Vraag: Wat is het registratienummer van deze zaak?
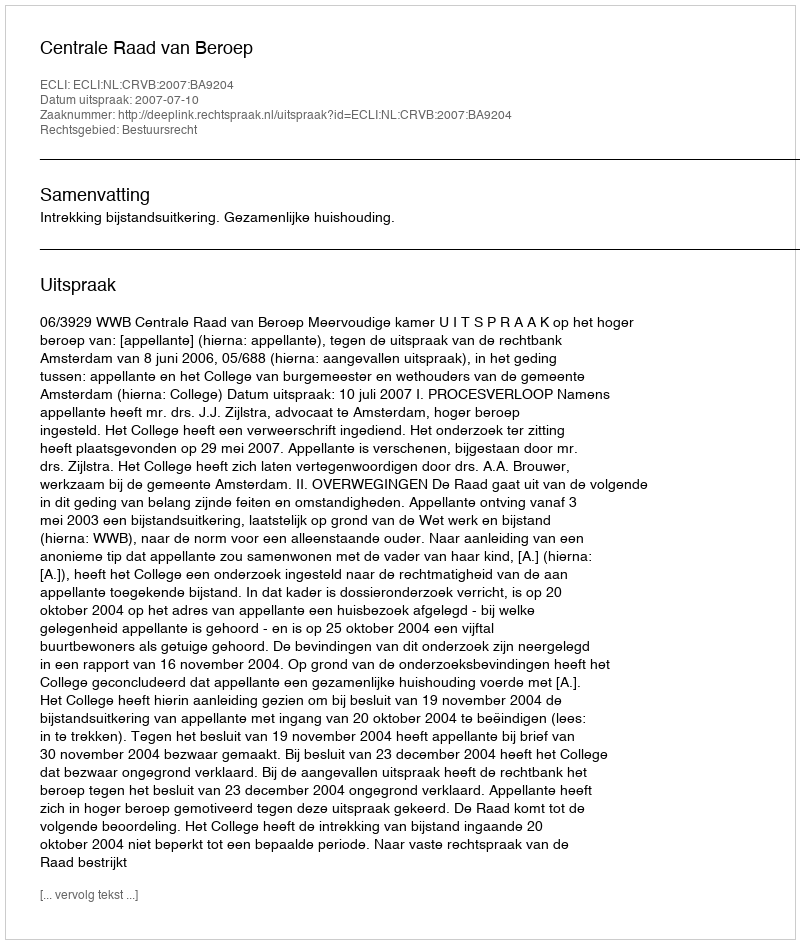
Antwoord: http://deeplink.rechtspraak.nl/uitspraak?id=ECLI:NL:CRVB:2007:BA9204